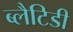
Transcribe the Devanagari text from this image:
ब्लैटिडी